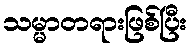
သမ္မာတရားဖြစ်ပြီး